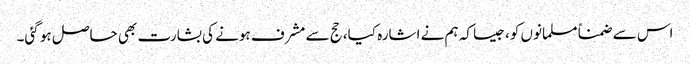
اس سے ضمناً مسلمانوں کو، جیسا کہ ہم نے اشارہ کیا، حج سے مشرف ہونے کی بشارت بھی حاصل ہو گئی۔